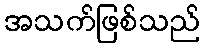
အသက်ဖြစ်သည်